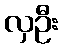
လှဦး